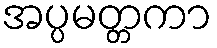
အပ္ပမတ္တကာ